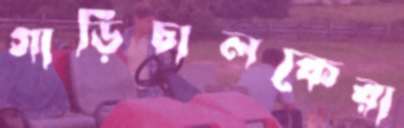
গাড়িচালকেরা